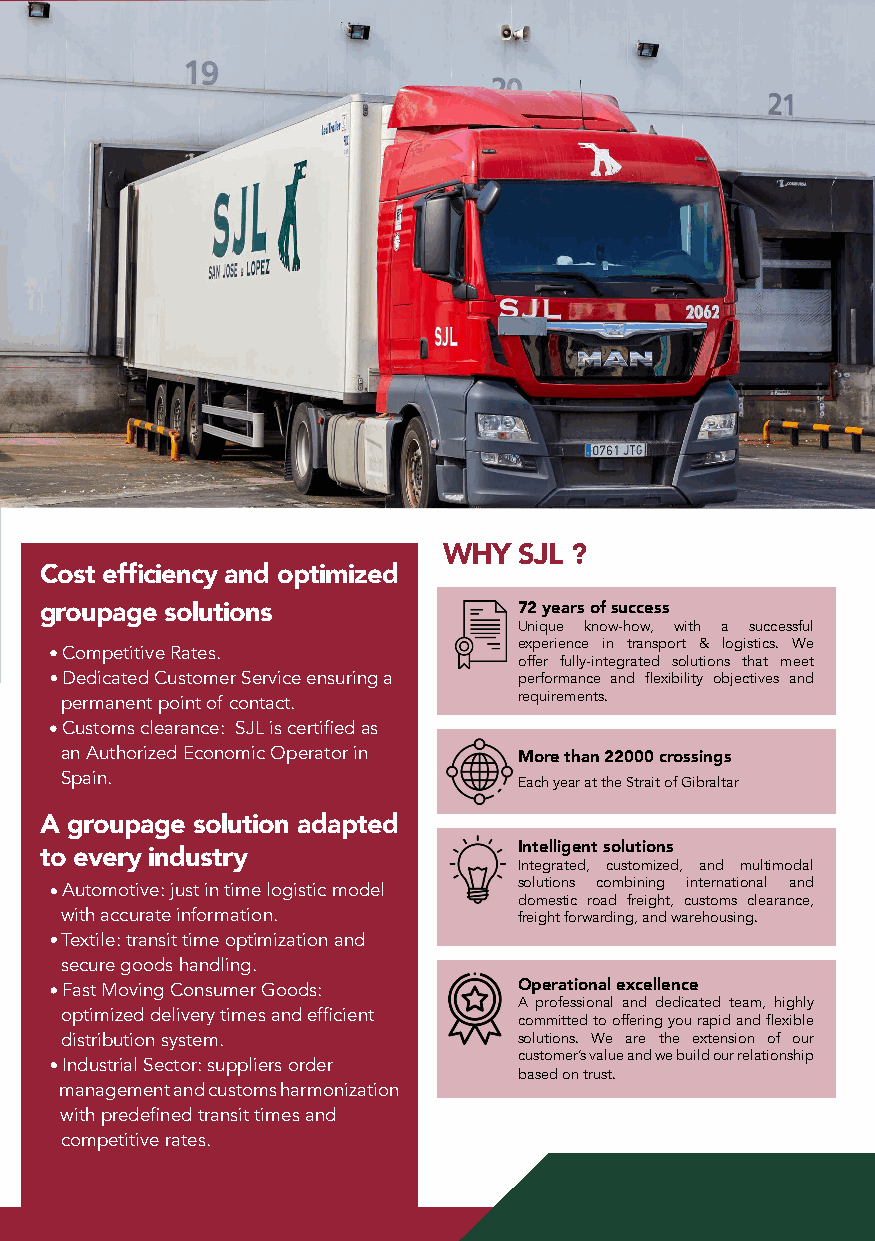
WHY  SJL ?
 Cost efficiency and optimized
 groupage solutions             72 years of success
 Unique know-how, with a successful
 experience in transport & logistics. We
 - Competitive Rates.
 offer fully-integrated solutions that meet
 - Dedicated Customer Service ensuring a performance and flexibility objectives and
 permanent point of contact.   requirements.
 - Customs clearance: SJL is certified as
 an Authorized Economic Operator in
 More than 22000 crossings
 Spain.
 Each year at the Strait of Gibraltar
 A groupage solution adapted
 Intelligent solutions
 to every industry
 Integrated, customized, and multimodal
 - Automotive: just in time logistic model solutions combining international and
 domestic road freight, customs clearance,
 with accurate information.    freight forwarding, and warehousing.
 - Textile: transit time optimization and
 secure goods handling.
 - Fast Moving Consumer Goods:  Operational excellence
 A professional and dedicated team, highly
 optimized delivery times and efficient
 committed to offering you rapid and flexible
 distribution system.          solutions. We are the extension of our
 customer’s value and we build our relationship
 - Industrial Sector: suppliers order
 based on trust.
 management and customs harmonization
 with predefined transit times and
 competitive rates.